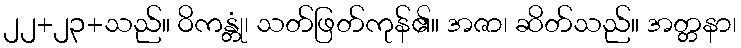
၂၂+၂၃+သည်။ ဝိကန္တုံ၊ သတ်ဖြတ်ကုန်၏။ အဇာ၊ ဆိတ်သည်။ အတ္တနာ၊